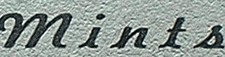
mints